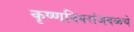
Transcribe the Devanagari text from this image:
कृष्णविवरांजवळचे